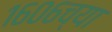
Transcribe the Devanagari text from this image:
१६०६च्या